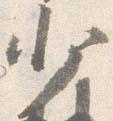
少